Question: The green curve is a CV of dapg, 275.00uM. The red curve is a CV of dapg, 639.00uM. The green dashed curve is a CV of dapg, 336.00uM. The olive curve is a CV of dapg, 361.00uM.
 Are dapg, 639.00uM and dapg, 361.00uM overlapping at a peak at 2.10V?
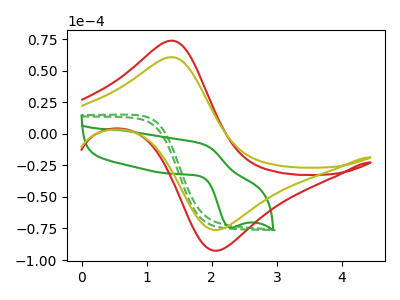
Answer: <think>The green curve "dapg, 275.00uM" has an anodic peak at (1.85V, -8.10uA) and a cathodic peak at (2.30V, -74.30uA). The red curve "dapg, 639.00uM" has an anodic peak at (1.40V, 73.70uA) and a cathodic peak at (2.10V, -92.50uA). The green dashed curve "dapg, 336.00uM" has no peaks. The olive curve "dapg, 361.00uM" has an anodic peak at (1.40V, 60.60uA) and a cathodic peak at (2.10V, -76.10uA).</think>
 <answer>Yes, "dapg, 639.00uM" and "dapg, 361.00uM" share a peak at 2.10V.</answer>
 <eval>match</eval>